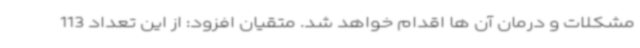
مشکلات و درمان آن ها اقدام خواهد شد. متقیان افزود: از این تعداد 113